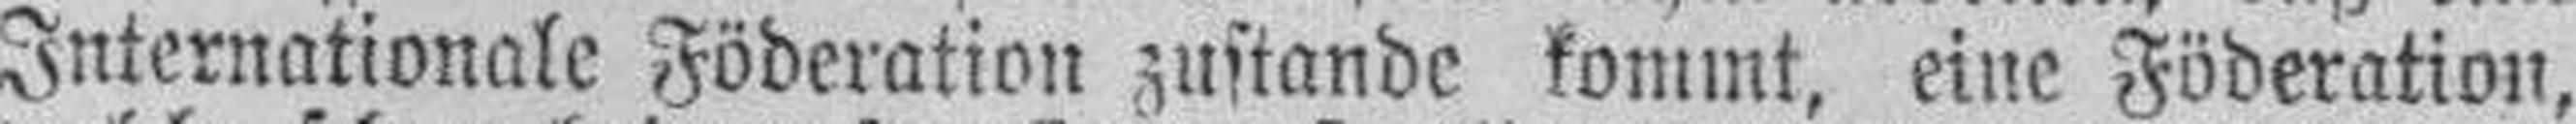
Internationale Föderation zustande kommt, eine Föderation,